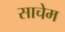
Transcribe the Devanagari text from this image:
साचेम